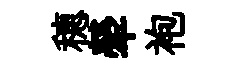
穂犖袍